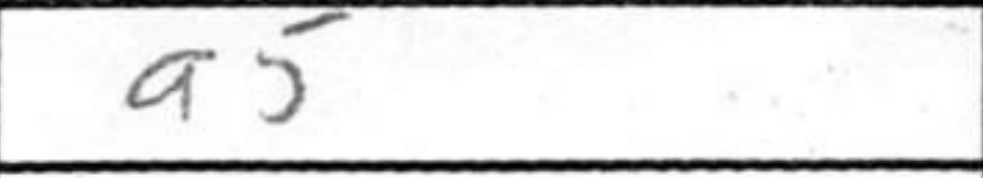
Transcription: a5